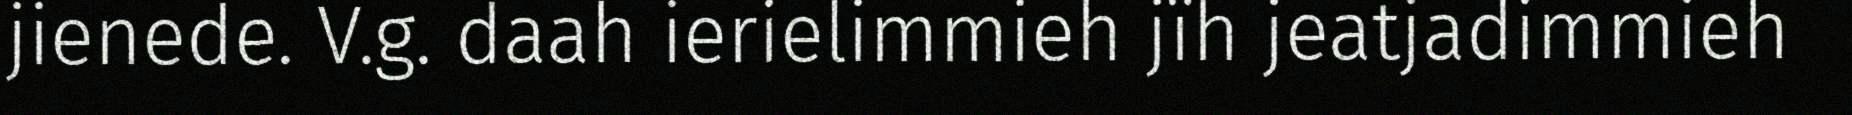
jienede. V.g. daah ierielimmieh jïh jeatjadimmieh